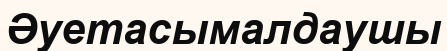
Әуетасымалдаушы